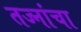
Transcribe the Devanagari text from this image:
तज्नांचा